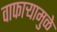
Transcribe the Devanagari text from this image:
वाफाऱ्यामुळे